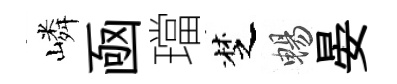
嶙凾璫椘暢晏